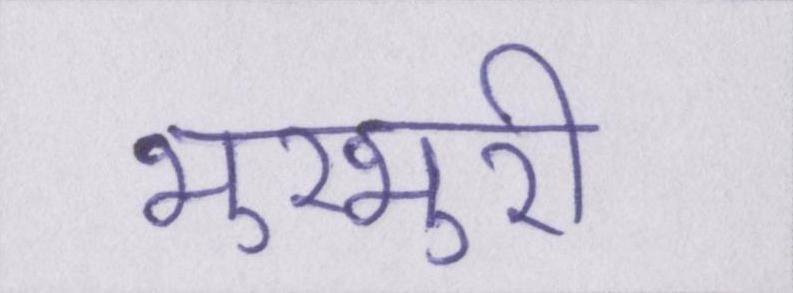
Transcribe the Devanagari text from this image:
भुरभुरी